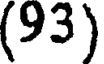
(93)